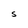
Character: S